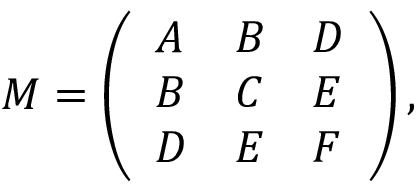
M = \left( { \begin{array} { l l l } { A } & { B } & { D } \\ { B } & { C } & { E } \\ { D } & { E } & { F } \end{array} } \right) ,